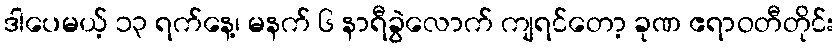
ဒါပေမယ့် ၁၃ ရက်နေ့၊ မနက် ၆ နာရီခွဲလောက် ကျရင်တော့ ခုဏ ဧရာဝတီတိုင်း